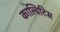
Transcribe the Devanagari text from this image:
काल्विटिस